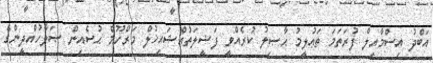
އަބްދު އިސްމާއިލް ފުރަތަމަ ތަޢުލީމު ޙާޞިލު ކުރެއްވީ ފަޟީލަތުއްޝައިޚުލް މަރްހޫމް ޙުސެއިން ޞަލާހުއްދީންގެ